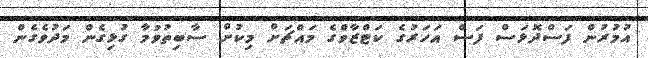
އުމުރުން ފަސްދޮޅަސް ފަސް އަހަރުގެ ކަޓްޒާވްގެ މައްޗަށް މިކުށް ސާބިތުވުމާ ގުޅިގެން މަދުވެގެން